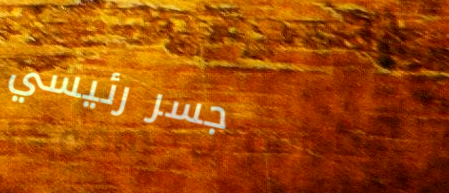
جسر رئيسي